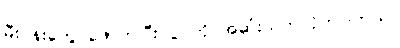
မီးပန်းတွေ ဖောက်ပြီး ပွဲ ကို အဆုံးသတ်လိုက်ပါတယ်။